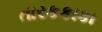
તારકકાકા